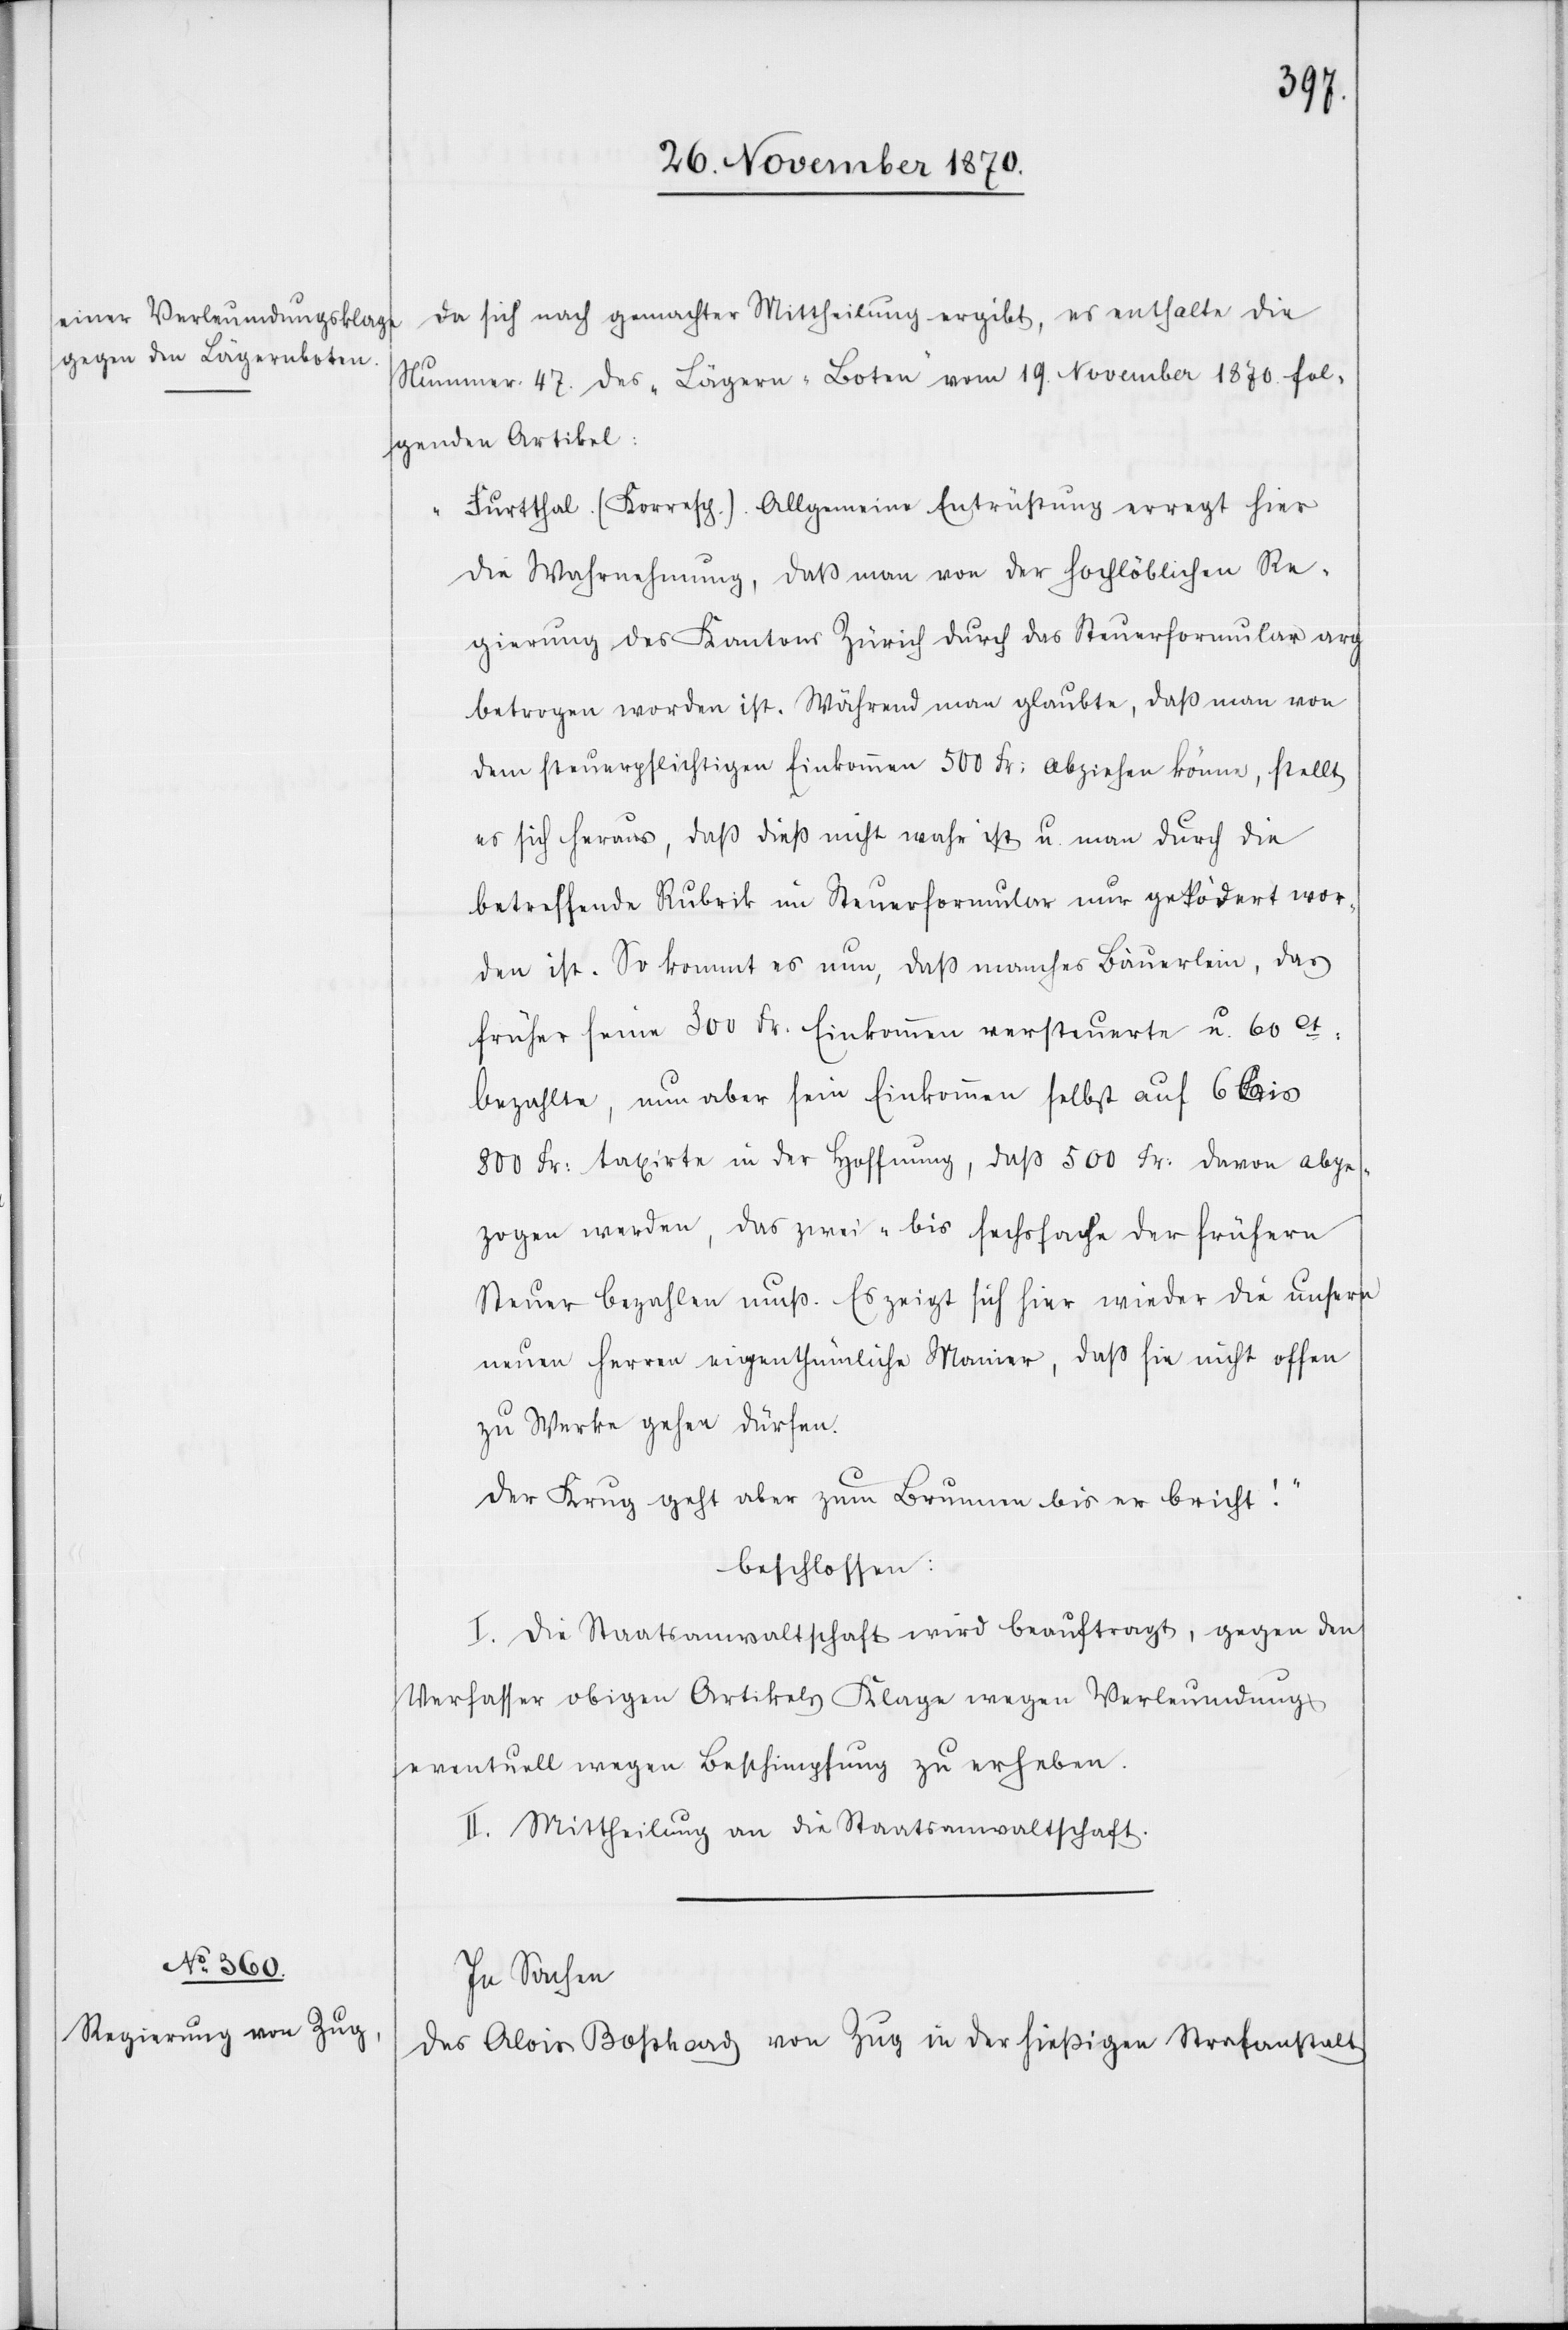
da sich nach gemessener Mittheilung ergibt, es enthalte die
Nummer 47. des „Lägern-Boten“ vom 19. November 1870 fol¬
genden Artikel:
„Furtthal (Korresp.). Allgemeine Entrüstung erregt hier
die Wahrnehmung, daß man von der hochlöblichen Re¬
gierung des Kantons Zürich durch das Steuerformular arg
betrogen worden ist. Während man glaubte, daß man von
dem steuerpflichtigen Einkommen 500 Fr: abziehen könne, stellt
es sich heraus, daß dieß nicht wahr ist u. man durch die
betreffende Rubrik im Steuerformular nur geködert wor¬
den ist. So kommt es nun, daß manches Bäuerlein, das
früher seine 300 Fr: Einkommen versteuerte u. 60Ct:
bezahlte, nun aber sein Einkommen selbst auf 6 bis
800 Fr: taxirte in der Hoffnung, daß 500 Fr: davon abge¬
zogen werden, das zwei- bis sechsfache der frühern
Steuer bezahlen muß. Es zeigt sich hier wieder die unsern
neuen Herren eigenthümliche Manier, daß sie nicht offen
zu Werke gehen dürfen.
Der Krug geht aber zum Brunnen bis er bricht!“
beschlossen:
I. Die Staatsanwaltschaft wird beauftragt, gegen den
Verfasser obigen Artikels Klage wegen Verleumdung,
eventuell wegen Beschimpfung zu erheben.
II. Mittheilung an die Staatsanwaltschaft.
In Sachen
des Alois [sic!] Boßhard von Zug in der hießigen Strafanstalt